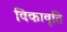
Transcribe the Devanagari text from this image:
विकावृति